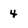
Character: 4